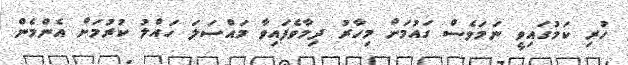
ހުރި ކަމުގައިވީ ނަމަވެސް ގައުމަށް މިހާރު ދިމާވެފައިވާ މައްސަލަ ހައްލު ކުރުމަށް އެންމެން